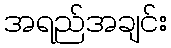
အရည်အချင်း